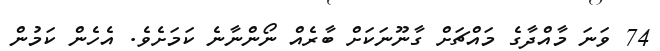
74 ވަނަ މާއްދާގެ މައްޗަށް ގާނޫނަކަށް ބާރެއް ނޯންނާނެ ކަމަށެވެ. އެހެން ކަމުން